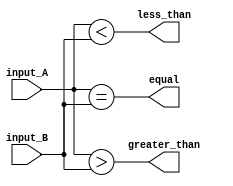
module comparator (
    input [63:0] input_A,
    input [63:0] input_B,
    output equal,
    output less_than,
    output greater_than
);

assign equal = (input_A == input_B);
assign less_than = (input_A < input_B);
assign greater_than = (input_A > input_B);

endmodule